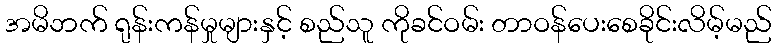
အမိဘက် ရုန်းကန်မှုများနှင့် စည်သူ ကိုခင်ဝမ်း တာဝန်ပေးစေခိုင်းလိမ့်မည်